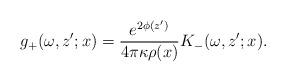
LaTeX: \begin{align*}g_+(\omega,z';x)=\frac{e^{2\phi(z')}}{4\pi\kappa\rho(x)}K_-(\omega,z';x).\end{align*}